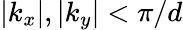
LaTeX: |k_{x}|,|k_{y}|<\pi/d